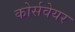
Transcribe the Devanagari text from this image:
कोर्सवेयर